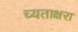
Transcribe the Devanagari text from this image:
च्यताक्षरा